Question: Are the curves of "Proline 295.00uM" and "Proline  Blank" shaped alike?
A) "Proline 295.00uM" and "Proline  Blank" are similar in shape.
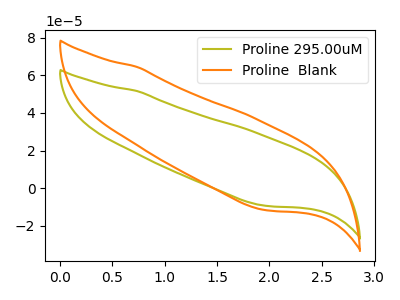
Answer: <think>The olive curve "Proline 295.00uM" has no peaks. The orange curve "Proline  Blank" has no peaks.
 Neither "Proline 295.00uM" or "Proline  Blank" have any peaks.</think>
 <answer>A) "Proline 295.00uM" and "Proline  Blank" are similar in shape.</answer>
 <eval>A</eval>